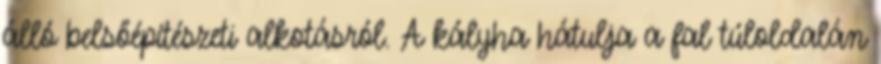
álló belsőépítészeti alkotásról. A kályha hátulja a fal túloldalán